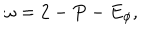
LaTeX: \omega = 2 - P - E _ { \phi } ,